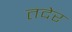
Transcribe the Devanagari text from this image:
तदेर